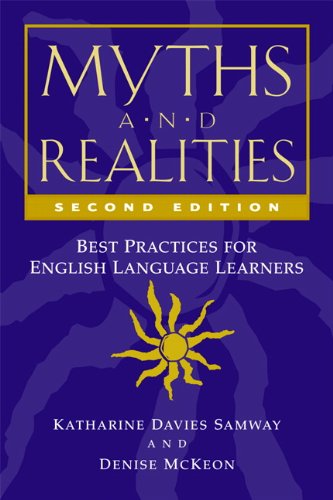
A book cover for Myths and Realities, Second Edition: Best Practices for English Language Learners; Denise McKeon; Reference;